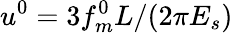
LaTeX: u^{0}=3f_{m}^{0}L/(2\pi E_{s})